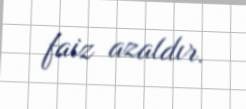
faiz azaldır.